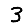
Digit: 3